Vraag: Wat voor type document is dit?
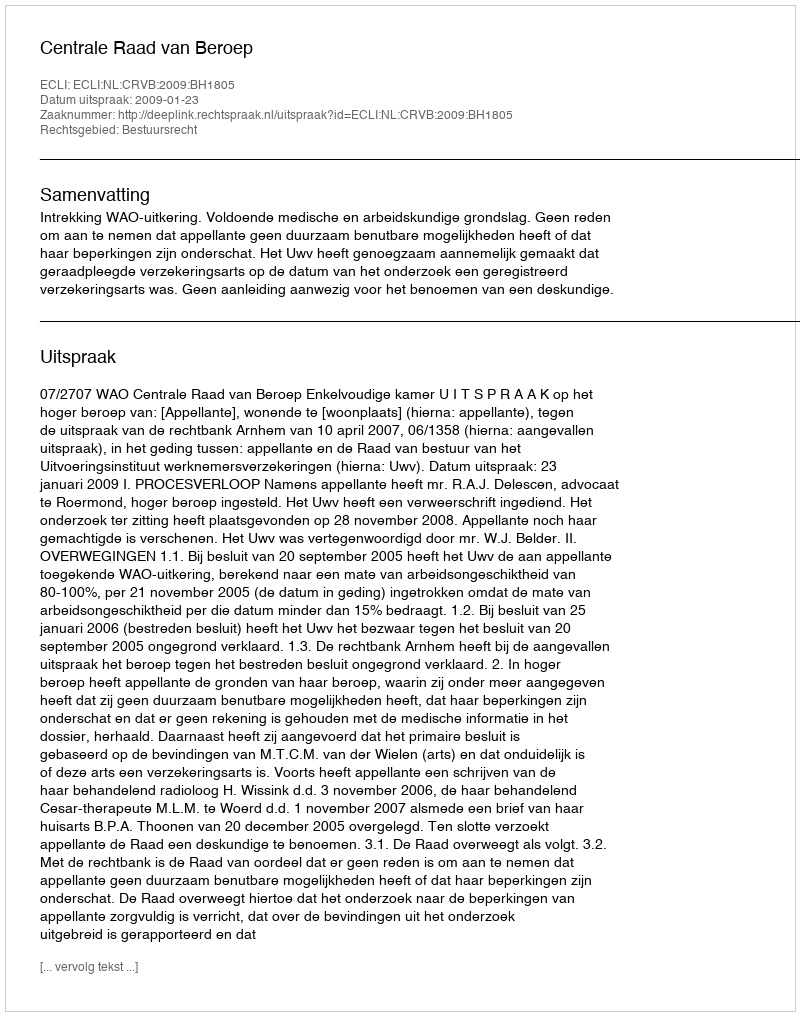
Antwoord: Uitspraak